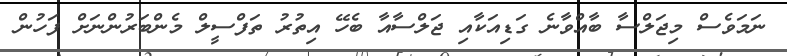
ނަމަވެސް މިޖަލްސާ ބާއްވާނެ ގަޑިއަކާއި ޖަލްސާއާ ބެހޭ އިތުރު ތަފްސީލް މެންބަރުންނަށް ފަހުން